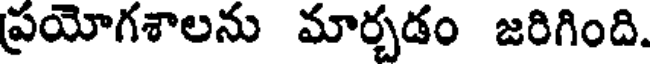
ప్రయోగశాలను మార్చడం జరిగింది.